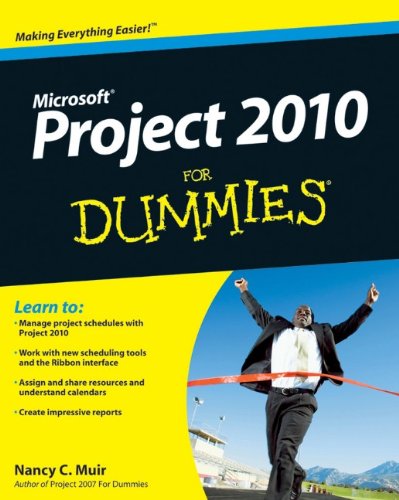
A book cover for Project 2010 For Dummies; Nancy C. Muir; Computers & Technology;